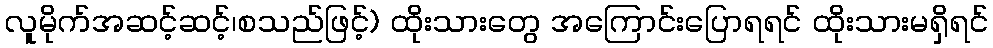
လူမိုက်အဆင့်ဆင့်၊စသည်ဖြင့်) ထိုးသားတွေ အကြောင်းပြောရရင် ထိုးသားမရှိရင်